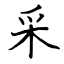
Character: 采